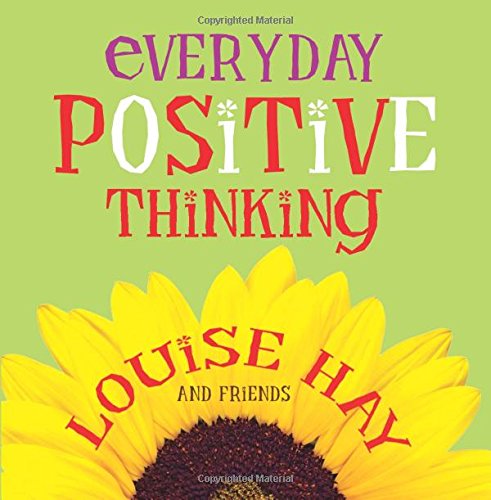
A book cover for Everyday Positive Thinking; Louise Hay; Self-Help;